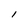
Character: l